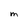
Character: M